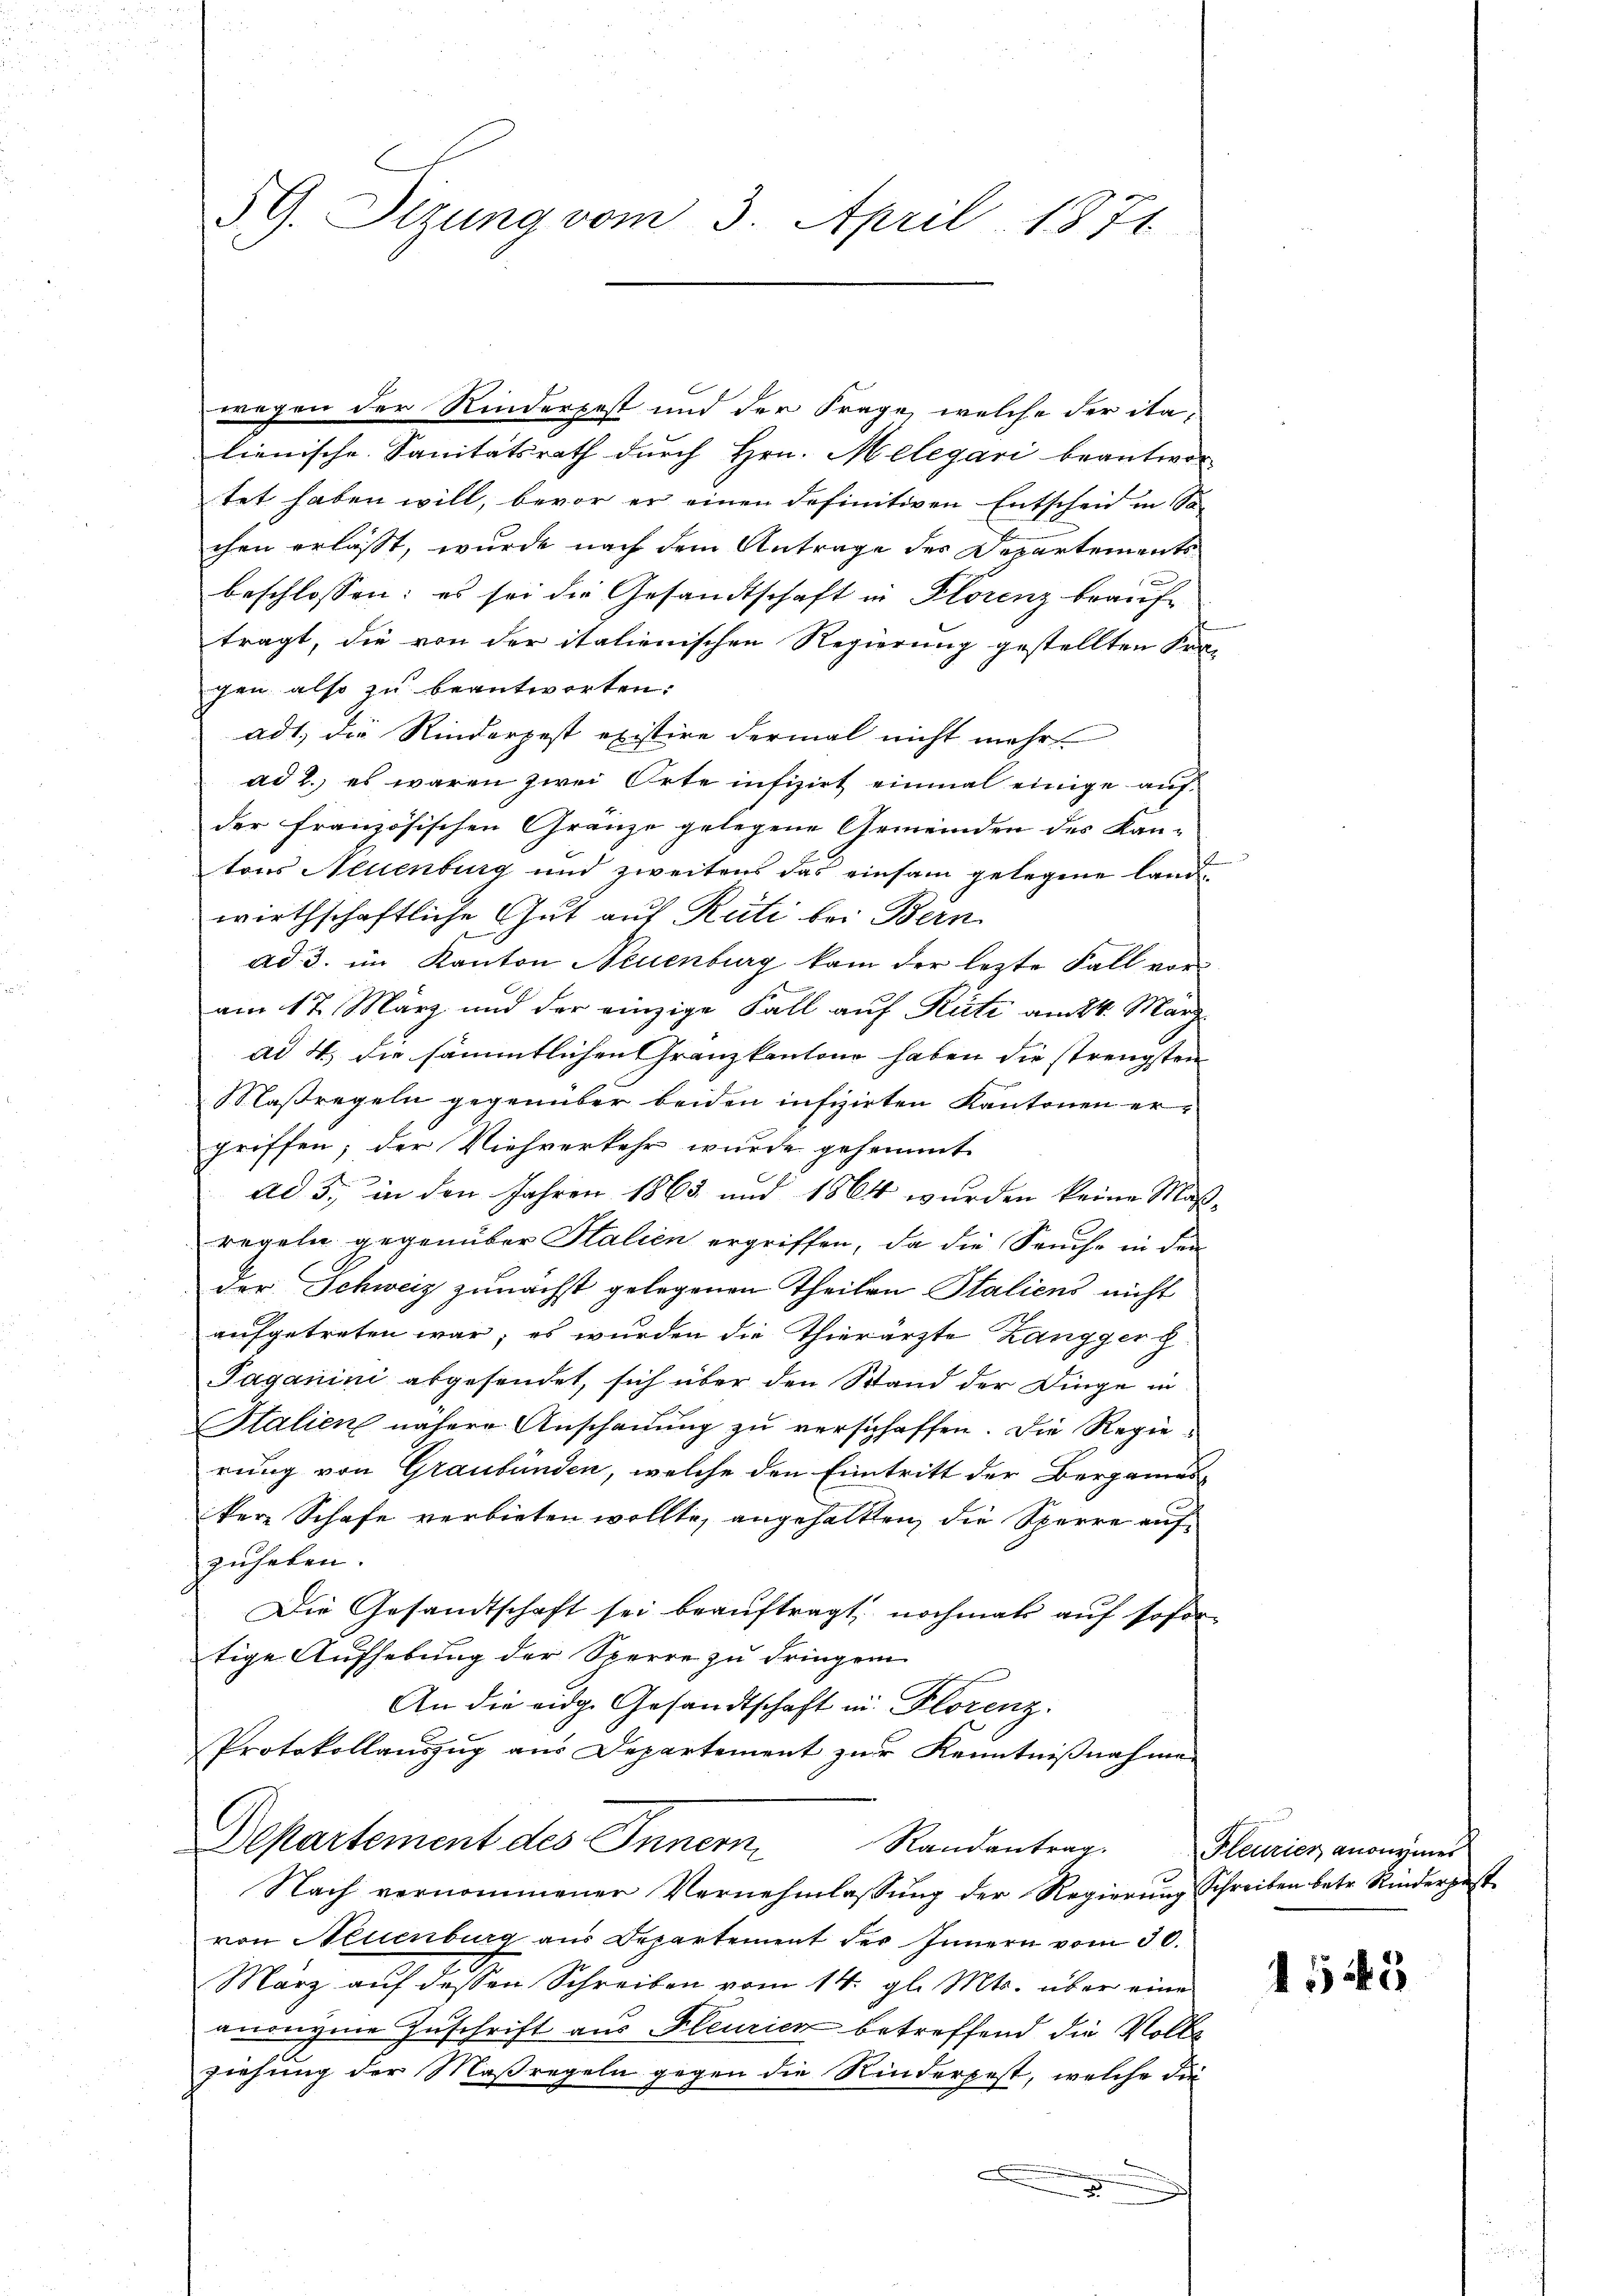
§ 9. Sitzung vom 3. April 1871

wegen der Rinderpest und der Frage, welche der italienische Sanitätsrath durch Hrn. Melegari beantwor
tet haben will, bevor er einen definitiven Entscheid in Sa-
chen erlässt, wurde nach dem Antrage des Departements
beschlossen: es sei die Gesandtschaft in Florenz beauftragt, die von der italienischen Regierung gestellten Fra-
gen also zu beantworten:
adt, die Rinderpest existire dermal nicht mehr
ad 2., es waren zwei Orte infizirt einmal einige aufder französischen Gränze gelegene Gemeinden des Kan-
tons Neuenburg und zweitens das einsam gelegene Landwirthschaftliche Gut auf Rüti bei Bern
ad 3. im Kanton Neuenburg kam der lezte Fall vor
am 17. März und der einzige Fall auf Rüti am 24. März
ad 4. die sämmtlichen Granzkantone haben die strengsten
Maßregeln gegenüber beiden infizirten Kantonen er-
griffen; der Viehverkehr wurde gesammt
ad 5., in den Jahren 1863 und 1864 wurden keine Maß-
regeln gegenüber Stalien ergriffen, da die Seuche in den
der Schweiz zunächst gelegenen Theilen Staliens nicht
aufgetreten war; es wurden die Thierärzte Zangger g
Paganini abgesendet, sich über den Stand der Dinge in
Italien nähere Anschauung zu verschaffen. Die Regierung von Graubünden, welche den Eintritt der Bergameskere Schafe verbieten wollte, angehalten, die Sperre aufzuheben.
Die Gesandtschaft sei beauftragt, nochmals auf sofor
tige Aufhebung der Sperre zu dringen
An die eidg. Gesandtschaft in Florenz.
Protokollauszug aus Departement zur Kenntnißnahme
Departement des Innern
Randantrag.
s
Nach vernommener Vernehmlassung der Regierung Schreiben betr. Rinderpost
von Neuenburg aus Departement der Innern vom 30.
März auf dessen Schreiben vom 14. gl. Mts. über eine
anonyme Zuschrift aus Fleurien betreffend die Volle
ziehung der Maßregeln gegen die Rinderpest, welche die
.

a

Fleurier anonymer

1543